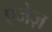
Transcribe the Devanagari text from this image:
एजेज़